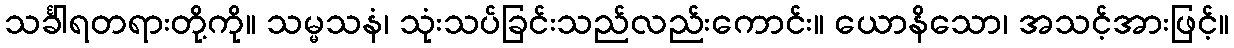
သင်္ခါရတရားတို့ကို။ သမ္မသနံ၊ သုံးသပ်ခြင်းသည်လည်းကောင်း။ ယောနိသော၊ အသင့်အားဖြင့်။